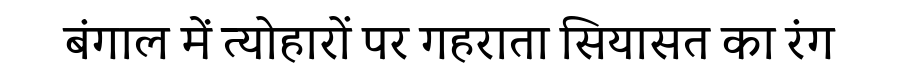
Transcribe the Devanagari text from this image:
बंगाल में त्योहारों पर गहराता सियासत का रंग